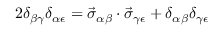
2 \delta _ { \beta \gamma } \delta _ { \alpha \epsilon } = \vec { \sigma } _ { \alpha \beta } \cdot \vec { \sigma } _ { \gamma \epsilon } + \delta _ { \alpha \beta } \delta _ { \gamma \epsilon }